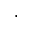
\cdot